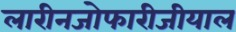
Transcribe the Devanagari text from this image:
लारीनजोफारीजीयाल